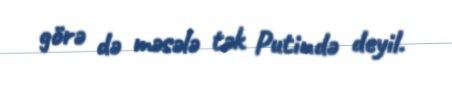
görə də məsələ tək Putində deyil.